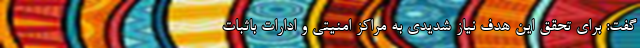
گفت: برای تحقق این هدف نیاز شدیدی به مراکز امنیتی و ادارات باثبات